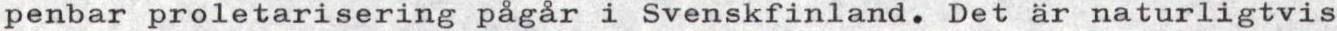
penbar proletarisering pågar i Svenskfinland. Det är naturligtvis